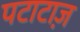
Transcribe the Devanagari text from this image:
पटाटाज़